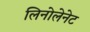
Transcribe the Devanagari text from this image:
लिनोलेनेट